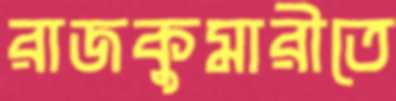
রাজকুমারীতে